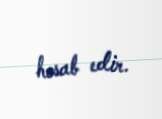
hesab edir.